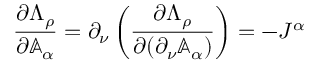
\frac { \partial \Lambda _ { \rho } } { \partial \mathbb { A } _ { \alpha } } = \partial _ { \nu } \left( \frac { \partial \Lambda _ { \rho } } { \partial ( \partial _ { \nu } \mathbb { A } _ { \alpha } ) } \right) = - J ^ { \alpha }